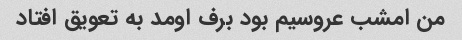
من امشب عروسیم بود برف اومد به تعویق افتاد